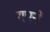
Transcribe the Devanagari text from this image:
मपने